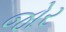
જોર